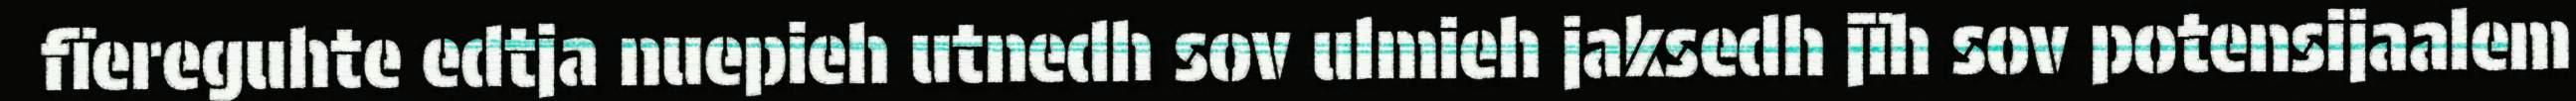
fïereguhte edtja nuepieh utnedh sov ulmieh jaksedh jïh sov potensijaalem